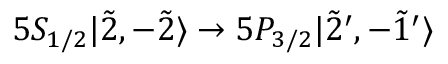
5 S _ { 1 / 2 } | \Tilde { 2 } , - \Tilde { 2 } \rangle \rightarrow 5 P _ { 3 / 2 } | \Tilde { 2 } ^ { \prime } , - \Tilde { 1 } ^ { \prime } \rangle